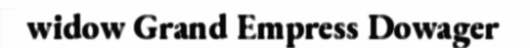
widow Grand Empress Dowager